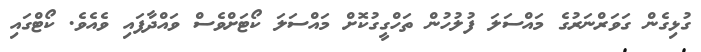
ގުޅިގެން ގަވަރްނަރުގެ މައްސަލަ ފުލުހުން ތަހްގީގުކޮށް މައްސަލަ ކޯޓަށްވެސް ވައްދާފައި ވެއެވެ. ކޯޓްގައި